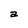
Character: a